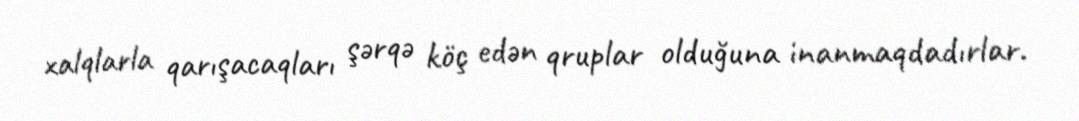
xalqlarla qarışacaqları şərqə köç edən qruplar olduğuna inanmaqdadırlar.